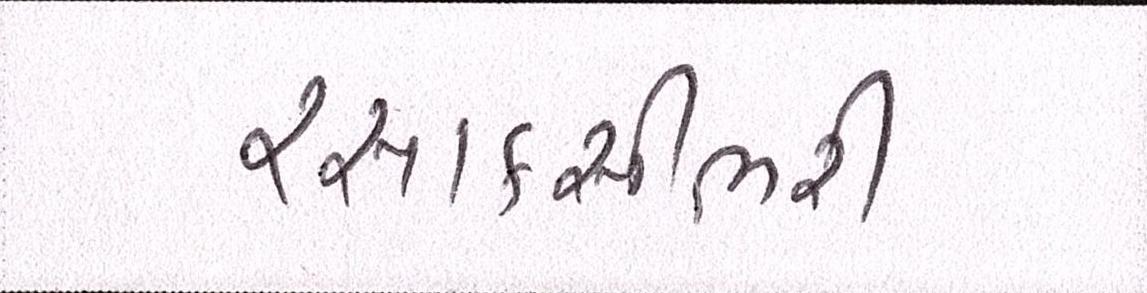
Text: રસાકસીભરી